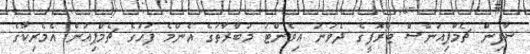
ސާފިން ޗެމްޕިއަންސް ޓްރޮފީގެ ދެވަނަ އިވެންޓު މުބާރާތުގެ އެންމެ ފަހުގެ ޗެމްޕިއަން އެމެރިކާގެ